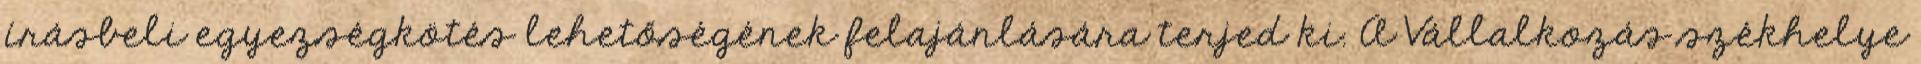
írásbeli egyezségkötés lehetőségének felajánlására terjed ki. A Vállalkozás székhelye